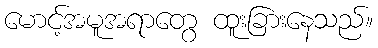
မောင့်အမူအရာတွေ ထူးခြားနေသည်။